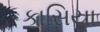
કાસિયા